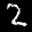
Label: 2